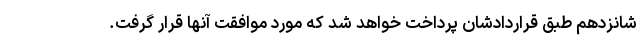
شانزدهم طبق قراردادشان پرداخت خواهد شد که مورد موافقت آنها قرار گرفت.